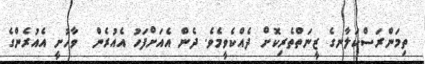
ތިމަންރަސްކަލާނގެ ޒީނަތްތެރިކޮށް ދެއްކެވީމެވެ. ދެން އެއަށްފަހު އެއުރެން  ވާހުށީ އެއުރެންގެ